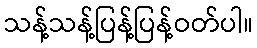
သန့်သန့်ပြန့်ပြန့်ဝတ်ပါ။